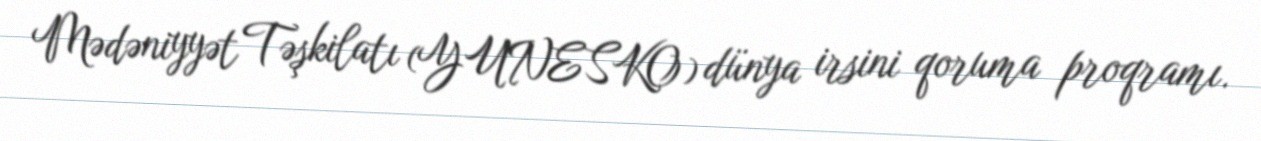
Mədəniyyət Təşkilatı (YUNESKO) dünya irsini qoruma proqramı.